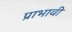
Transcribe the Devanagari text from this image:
प्राभावी